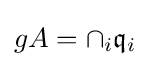
gA=\cap _{i}{\mathfrak {q}}_{i}